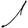
Digit: 1